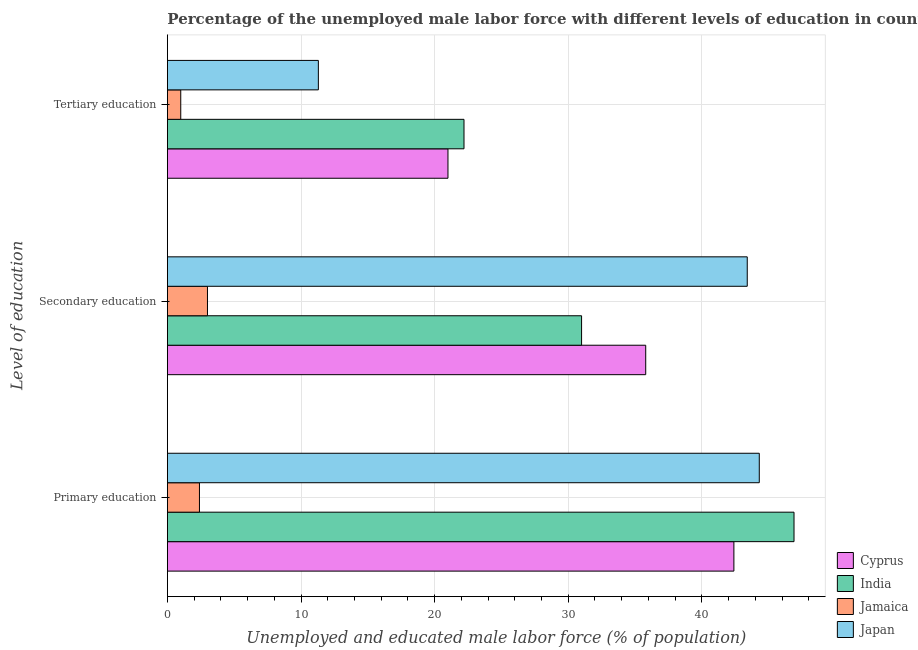
| Level of education | Cyprus | India | Jamaica | Japan |
 | --- | --- | --- | --- | --- |
 | Primary education | 42.4 | 46.9 | 2.4 | 44.3 |
 | Secondary education | 35.8 | 31 | 3 | 43.4 |
 | Tertiary education | 21 | 22.2 | 1 | 11.3 |